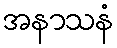
အနာသနံ